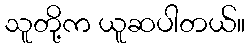
သူတို့က ယူဆပါတယ်။